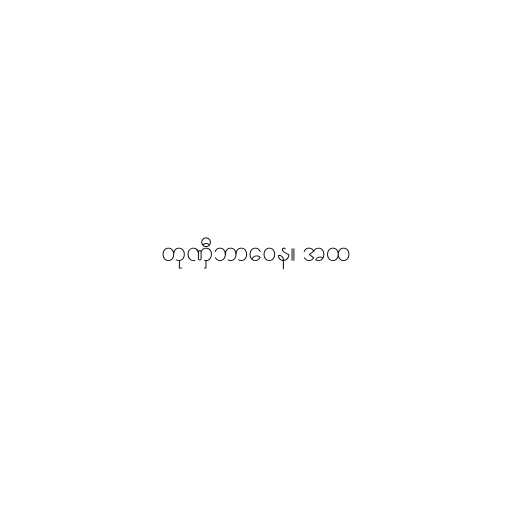
တုဏှီဘာဝေန။ အထ